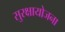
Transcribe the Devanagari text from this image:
सुरक्षायोजना